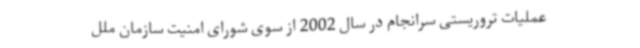
عملیات تروریستی سرانجام در سال 2002 از سوی شورای امنیت سازمان ملل